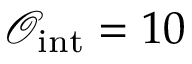
\mathcal { O } _ { \mathrm { i n t } } = 1 0